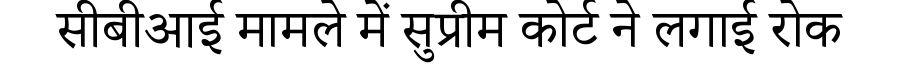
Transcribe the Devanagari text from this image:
सीबीआई मामले में सुप्रीम कोर्ट ने लगाई रोक